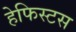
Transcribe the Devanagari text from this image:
हेफिस्टस